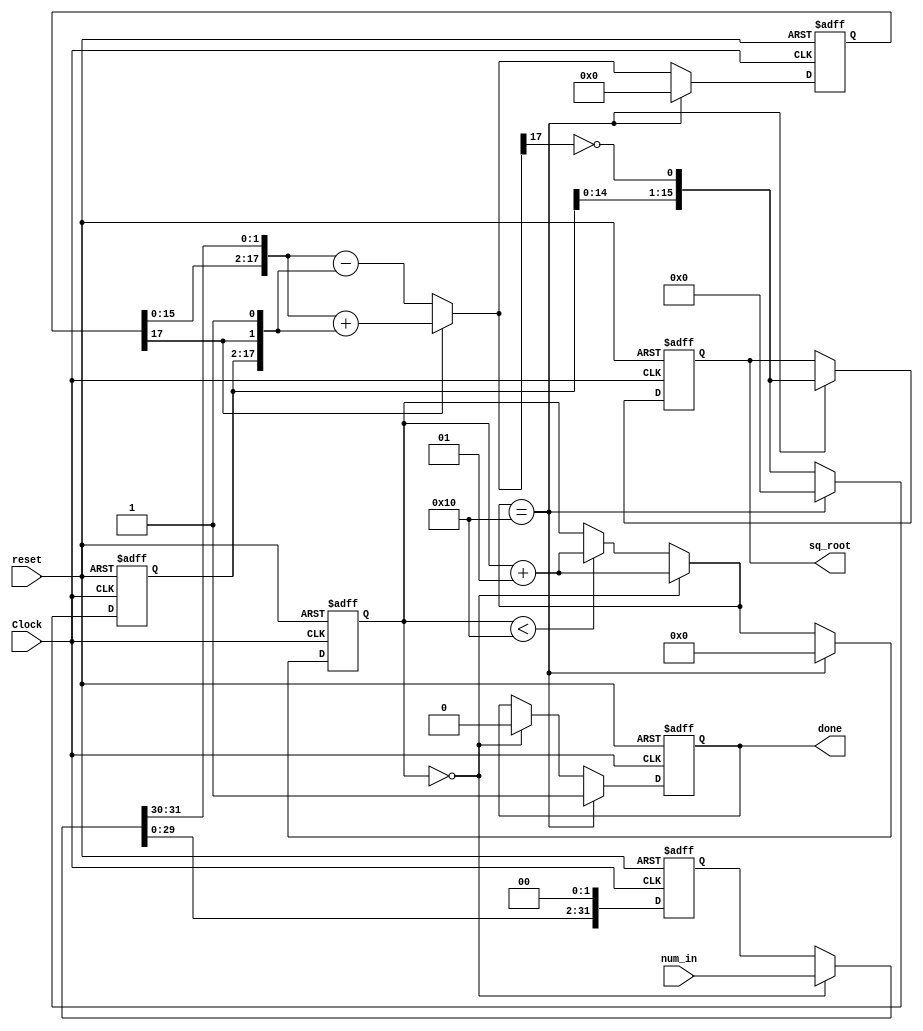
module square_root
    #(parameter N = 32)
    (   input Clock,  //Clock
        input reset,  //Asynchronous active high reset.      
        input [N-1:0] num_in,   //this is the number for which we want to find square root.
        output reg done,     //This signal goes high when output is ready
        output reg [N/2-1:0] sq_root  //square root of 'num_in'
    );

    reg [N-1:0] a;   //original input.
    reg [N/2+1:0] left,right;     
    reg signed [N/2+1:0] r;
    reg [N/2-1:0] q;    //result.
    integer i;   //index of the loop. 

    always @(posedge Clock or posedge reset) 
    begin
        if (reset == 1) begin   //reset the variables.
            done <= 0;
            sq_root <= 0;
            i = 0;
            a = 0;
            left = 0;
            right = 0;
            r = 0;
            q = 0;
        end    
        else begin
            //Before we start the first clock cycle get the 'input' to the variable 'a'.
            if(i == 0) begin  
                a = num_in;
                done <= 0;    //reset 'done' signal.
                i = i+1;   //increment the loop index.
            end
            else if(i < N/2) begin //keep incrementing the loop index.
                i = i+1;  
            end
            //These statements below are derived from the block diagram.
            right = {q,r[N/2+1],1'b1};
            left = {r[N/2-1:0], a[N-1:N-2]};
            a = {a[N-3:0], 2'b0};  //shifting left by 2 bit.
            if ( r[N/2+1] == 1)    //add or subtract as per this bit.
                r = left + right;
            else
                r = left - right;
            q = {q[N/2-2:0], ~r[N/2+1]};
            if(i == N/2) begin    //This means the max value of loop index has reached. 
                done <= 1;    //make 'done' high because output is ready.
                i = 0; //reset loop index for beginning the next cycle.
                sq_root <= q;   //assign 'q' to the output port.
                //reset other signals for using in the next cycle.
                left = 0;
                right = 0;
                r = 0;
                q = 0;
            end
        end    
    end

endmodule